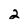
Character: 2